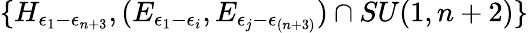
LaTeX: \{ H_{\epsilon_{1}-\epsilon_{n+3}},(E_{\epsilon_{1}-\epsilon_{i}},E_{\epsilon_{j}-\epsilon_{(n+3)}})\cap SU(1,n+2)\}